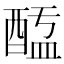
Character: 𨡖